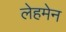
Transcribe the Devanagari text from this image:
लेहमेन